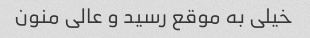
خیلی به موقع رسید و عالی منون